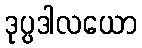
ဒုပ္ပဒါလယော